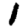
Digit: 1